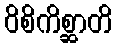
ဝိစိကိစ္ဆာတိ